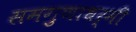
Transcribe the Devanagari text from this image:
समगुणाधर्मी